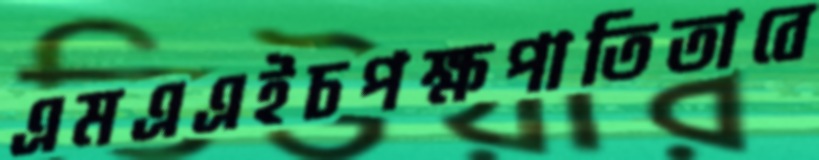
এমএএইচপক্ষপাতিতাবে